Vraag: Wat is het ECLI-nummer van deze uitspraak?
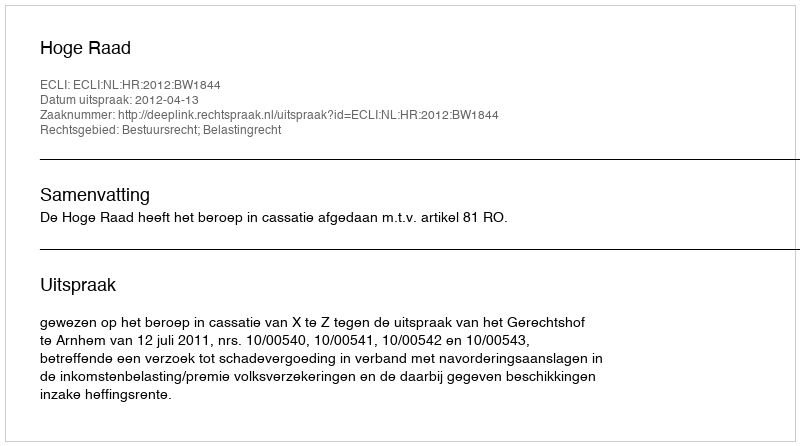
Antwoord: ECLI:NL:HR:2012:BW1844